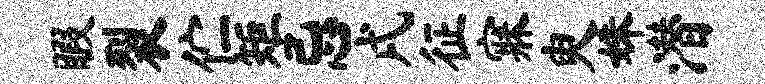
暇裂伫矩忌戌征寐臾姝潜